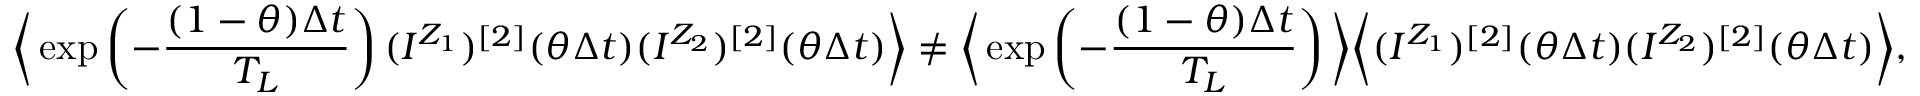
\bigg \langle \exp \left( - \frac { ( 1 - \theta ) \Delta t } { T _ { L } } \right) ( I ^ { Z _ { 1 } } ) ^ { [ 2 ] } ( \theta \Delta t ) ( I ^ { Z _ { 2 } } ) ^ { [ 2 ] } ( \theta \Delta t ) \bigg \rangle \neq \bigg \langle \exp \left( - \frac { ( 1 - \theta ) \Delta t } { T _ { L } } \right) \bigg \rangle \bigg \langle ( I ^ { Z _ { 1 } } ) ^ { [ 2 ] } ( \theta \Delta t ) ( I ^ { Z _ { 2 } } ) ^ { [ 2 ] } ( \theta \Delta t ) \bigg \rangle ,